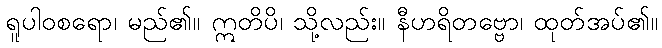
ရူပါဝစရော၊ မည်၏။ ဣတိပိ၊ သို့လည်း။ နီဟရိတဗ္ဗော၊ ထုတ်အပ်၏။